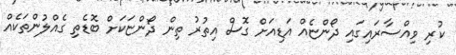
ކުރި ވިއްސާރައިގައި ދޯންޏެއް އަޑިއަށް ގޮސް އިތުރު ތިން ދޯންޏަކަށް ބޮޑެތި ގެއްލުންތަކެއް